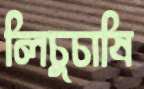
লিচুচাষি